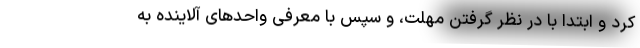
کرد و ابتدا با در نظر گرفتن مهلت، و سپس با معرفی واحدهای آلاینده به